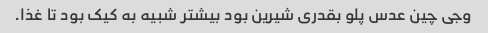
وجی چین عدس پلو بقدری شیرین بود بیشتر شبیه به کیک بود تا غذا.